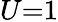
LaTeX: U{=}1